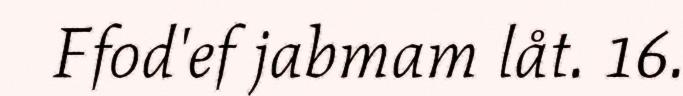
Ffod'ef jabmam låt. 16.